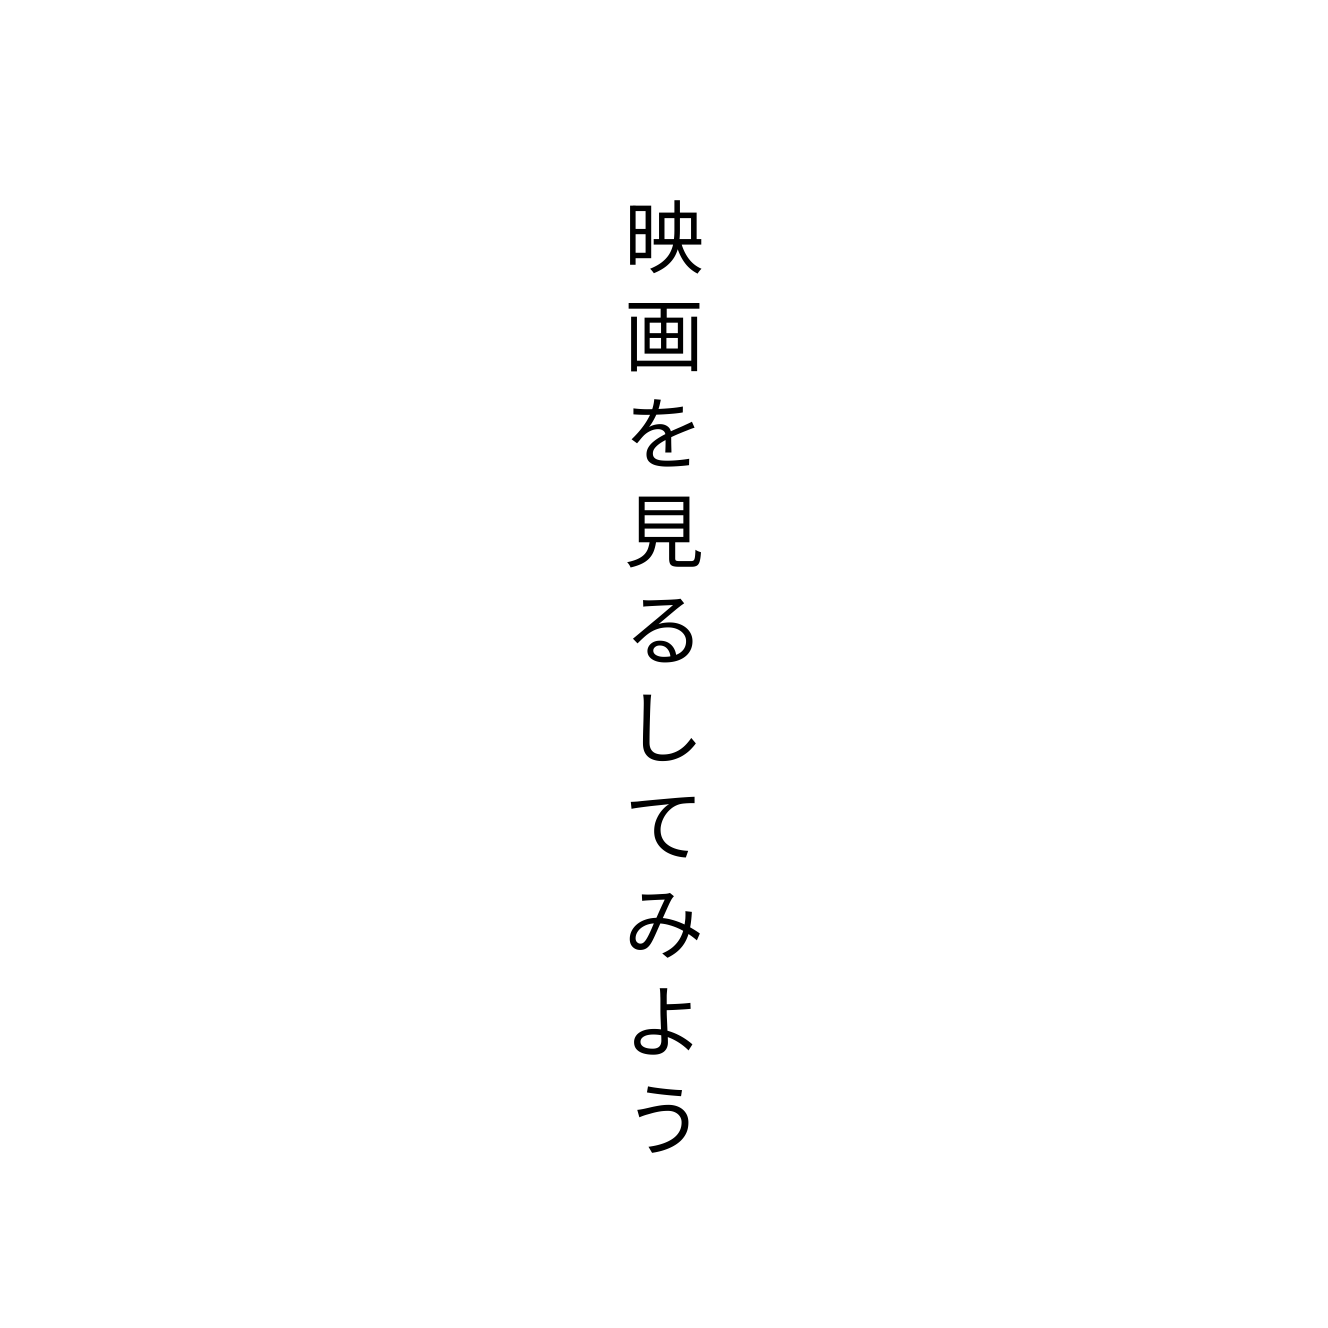
映画を見るしてみよう